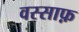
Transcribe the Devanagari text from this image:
वस्साफ़